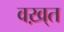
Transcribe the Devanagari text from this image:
वख़्त